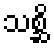
သစ္ဆိ